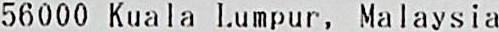
56000 KUALA LUMPUR, MALAYSIA